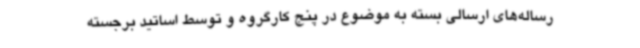
رساله‌های ارسالی بسته به موضوع در پنج کارگروه و توسط اساتید برجسته